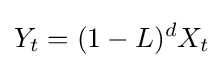
Y_{t}=(1-L)^{d}X_{t}